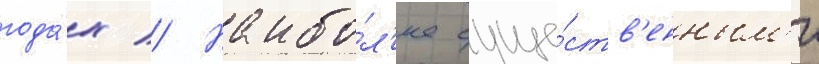
года́х // Наибо́л'ее суще́ств'енным'и